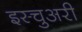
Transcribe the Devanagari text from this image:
इस्चुअरी